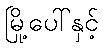
မြို့ပေါ်နှင့်